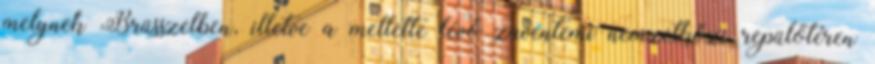
melynek Brüsszelben, illetve a mellette lévő zaventemi nemzetközi repülőtéren